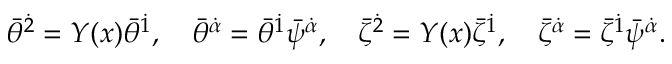
{ \bar { \theta } } ^ { \dot { 2 } } = Y ( x ) { \bar { \theta } } ^ { \dot { 1 } } , \quad { \bar { \theta } } ^ { \dot { \alpha } } = { \bar { \theta } } ^ { \dot { 1 } } { \bar { \psi } } ^ { \dot { \alpha } } , \quad { \bar { \zeta } } ^ { \dot { 2 } } = Y ( x ) { \bar { \zeta } } ^ { \dot { 1 } } , \quad { \bar { \zeta } } ^ { \dot { \alpha } } = { \bar { \zeta } } ^ { \dot { 1 } } { \bar { \psi } } ^ { \dot { \alpha } } .